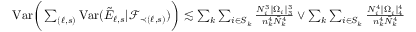
\begin{array} { r } { \mathrm { V a r } \bigg ( \sum _ { ( \ell , s ) } \mathrm { V a r } ( \tilde { E } _ { \ell , s } | \mathcal { F } _ { \prec ( \ell , s ) } ) \bigg ) \lesssim \sum _ { k } \sum _ { i \in S _ { k } } \frac { N _ { i } ^ { 3 } \| \Omega _ { i } \| _ { 3 } ^ { 3 } } { n _ { k } ^ { 4 } \bar { N } _ { k } ^ { 4 } } \vee \sum _ { k } \sum _ { i \in S _ { k } } \frac { N _ { i } ^ { 4 } \| \Omega _ { i } \| _ { 4 } ^ { 4 } } { n _ { k } ^ { 4 } \bar { N } _ { k } ^ { 4 } } } \end{array}